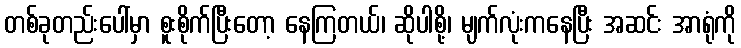
တစ်ခုတည်းပေါ်မှာ စူးစိုက်ပြီးတော့ နေကြတယ်၊ ဆိုပါစို့၊ မျက်လုံးကနေပြီး အဆင်း အာရုံကို